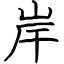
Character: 岸